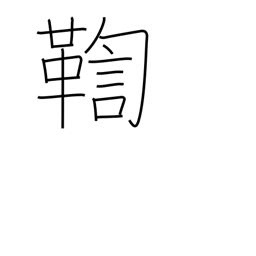
Meaning: investigate a crime